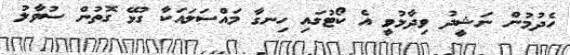
ހެދުމުން ނަޝީދު ވިދާޅުވީ އެ ކޯޓުގައި ހިނގާ މައްސަލައަކާ ގުޅޭ ގޮތުން ސުވާލު